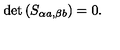
\det \left( S _ { \alpha a , \beta b } \right) = 0 .